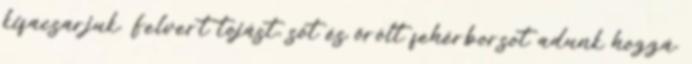
kifacsarjuk. Felvert tojást, sót és őrölt fehérborsot adunk hozzá.